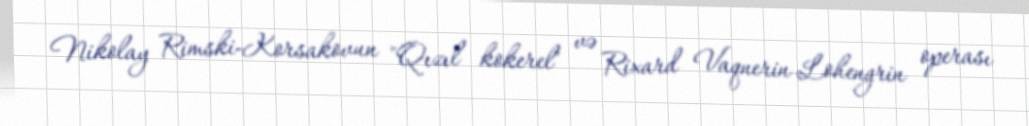
Nikolay Rimski-Korsakovun "Qızıl kokerel" və Rixard Vaqnerin Lohengrin operası